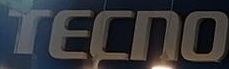
TECNO